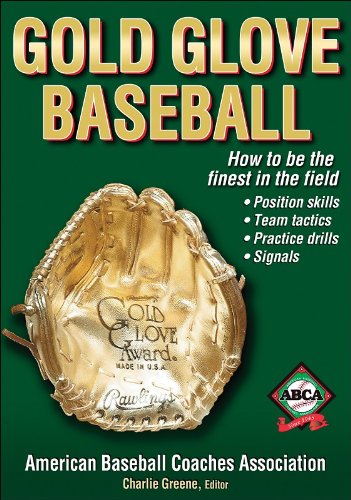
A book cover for Gold Glove Baseball; American Baseball Coaches Association; Sports & Outdoors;